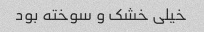
خیلی خشک و سوخته بود